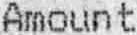
AMOUNT